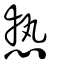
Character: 慹